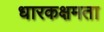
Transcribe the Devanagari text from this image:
धारकक्षमता